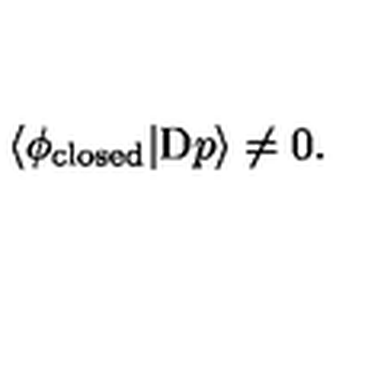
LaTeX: \langle \phi _ { \mathrm { c l o s e d } } | \mathrm { D } p \rangle \not = 0 .